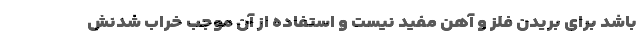
باشد برای بریدن فلز و آهن مفید نیست و استفاده از آن موجب خراب شدنش